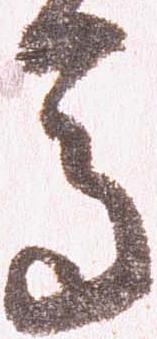
馬